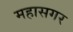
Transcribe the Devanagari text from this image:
महासगर